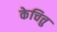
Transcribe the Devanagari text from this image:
केचित्तु